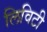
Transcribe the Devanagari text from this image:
लिविटी